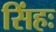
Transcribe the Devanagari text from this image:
सिंहः